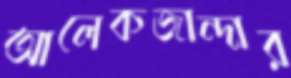
আলেকজান্দার